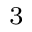
_ 3